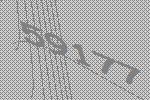
59177